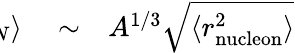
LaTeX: \begin{array}{rlr}{\! \! \! \! \! \! \! \left<r_{N}\right>}&{{}\sim}&{A^{1/3}\sqrt{\langle r_{\mathrm{nucleon}}^{2}\rangle}}\end{array}